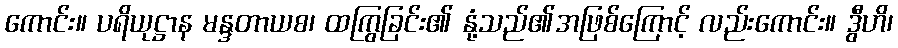
ကောင်း။ ပရိယုဋ္ဌာန မန္ဒတာယစ၊ ထကြွခြင်း၏ နုံ့သည်၏အဖြစ်ကြောင့် လည်းကောင်း။ ဒွီဟိ၊